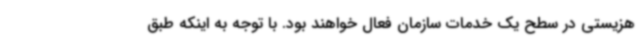
هزیستی در سطح یک خدمات سازمان فعال خواهند بود. با توجه به اینکه طبق